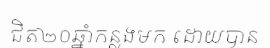
ជិត២០ឆ្នាំកន្លងមក ដោយបាន